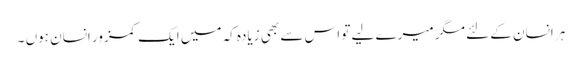
ہر انسان کے لئے مگر میرے لیے تو اس سے بھی زیادہ کہ میں ایک کمزور انسان ہوں ۔